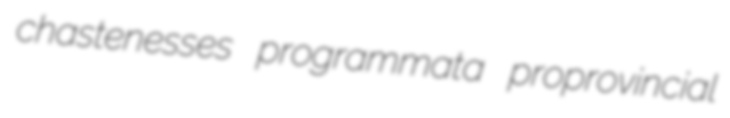
chastenesses programmata proprovincial